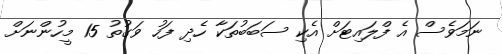
ނަމަވެސް އެ ފްލައިޓަށް އެކި ސަބަބުތަކާ ހެދި ފަހު ވަގުތު 15 މީހުންނަށް